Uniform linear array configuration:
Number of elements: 16
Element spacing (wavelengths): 0.5
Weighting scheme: kaiser
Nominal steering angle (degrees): -60
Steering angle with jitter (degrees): -61.251
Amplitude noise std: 0.05
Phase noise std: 0.05

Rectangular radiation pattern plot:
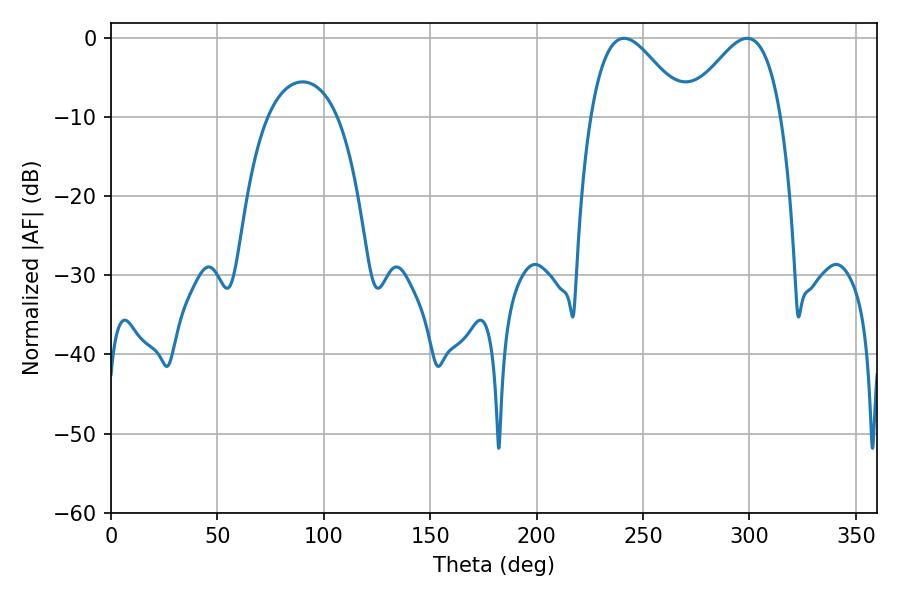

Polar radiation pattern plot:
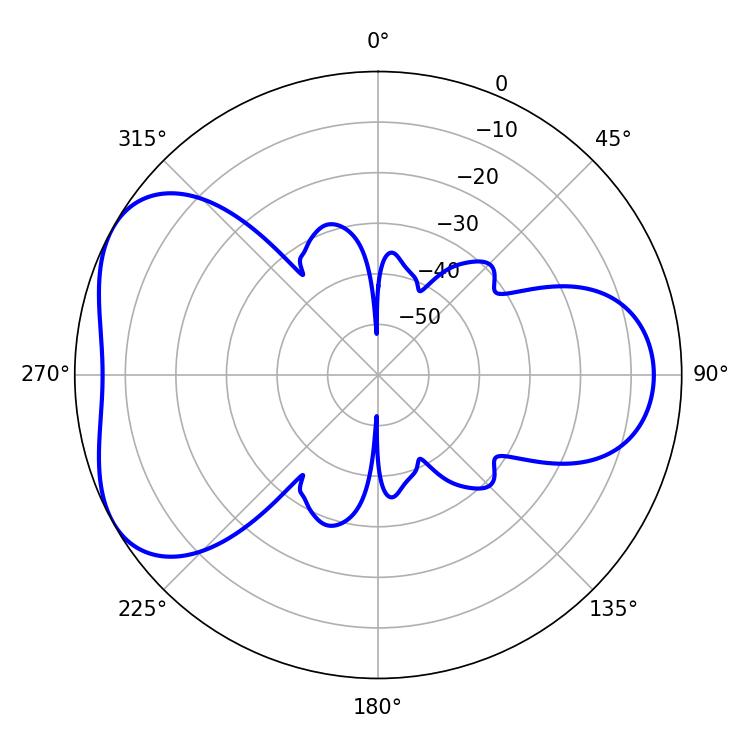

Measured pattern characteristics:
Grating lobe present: FALSE
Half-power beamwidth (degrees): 23.76
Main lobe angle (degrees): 241.02